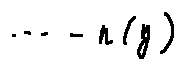
\cdots - n ( y )